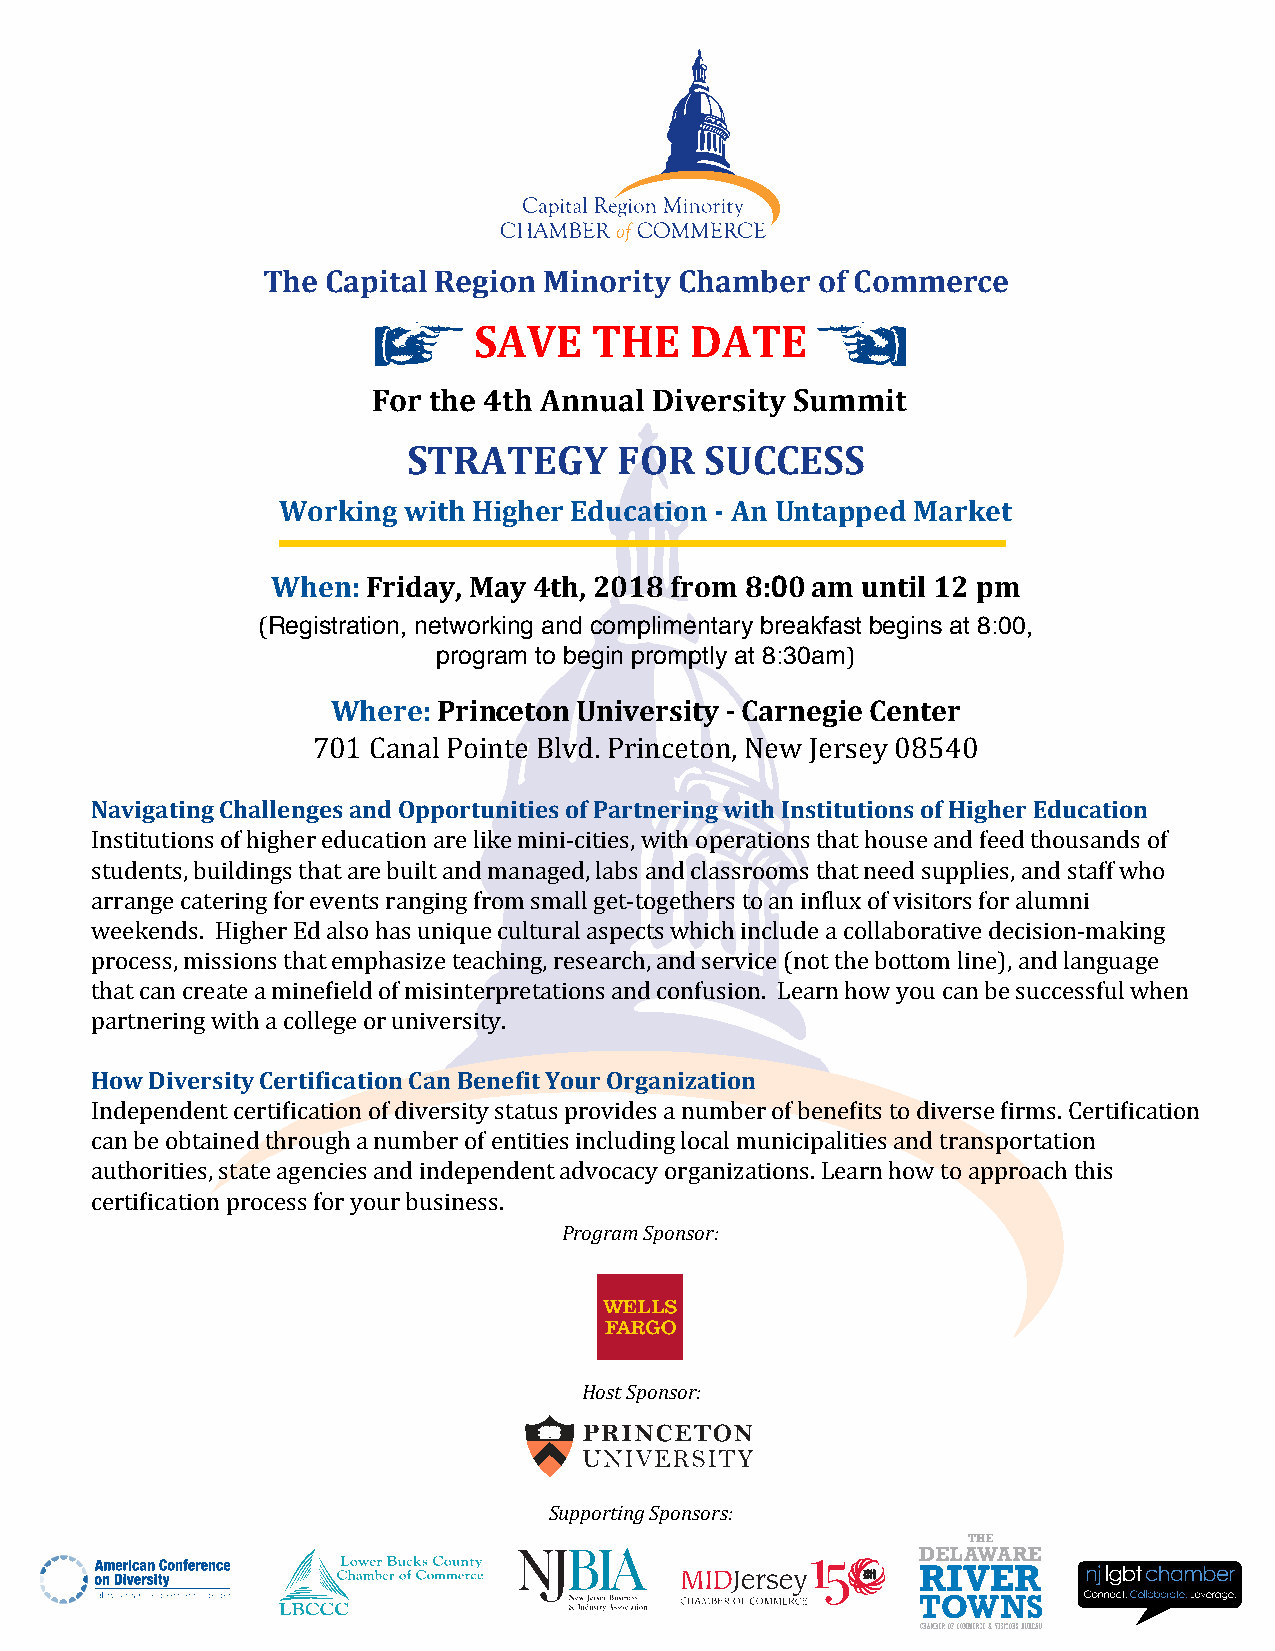
The  Capital Region Minority Chamber of Commerce
 SAVE    THE    DATE
 For the 4th Annual Diversity Summit
 STRATEGY      FOR   SUCCESS
 Working  with Higher Education - An Untapped Market
 When: Friday, May 4th, 2018 from 8:00 am until 12 pm
 Registration, networking and complimentary breakfast begins at 8:00,
 program to begin promptly at 8:30am
 (
 Where: Princ eton University - Carnegi)e Center
 Navigating Challeng7e0s 1an Cda Onpapl oProtuinntieti eBsl vodf P. Parrtinnecreitnogn w, iNthe wIn sJteitrusteiyo n0s8 o5f 4H0igher Education
 Institutions of higher education are like mini-cities, with operations that house and feed thousands of
 students, buildings that are built and managed, labs and classrooms that need supplies, and staff who
 arrange catering for events ranging from small get-togethers to an in�lux of visitors for alumni
 weekends. Higher Ed also has unique cultural aspects which include a collaborative decision-making
 process, missions that emphasize teaching, research, and service (not the bottom line), and language
 that can create a mine�ield of misinterpretations and confusion. Learn how you can be successful when
 pHaorwtn Deriivnegr wsiittyh C ae crotlil�eicgaet oior nu nCiavne rBsietny.e �it Your Organization
 Independent certi�ication of diversity status provides a number of bene�its to diverse �irms. Certi�ication
 can be obtained through a number of entities including local municipalities and transportation
 authorities, state agencies and independent advocacy organizations. Learn how to approach this
 Program Sponsor:
 certi�ication process for your business.
 Host Sponsor:
 Supporting Sponsors: